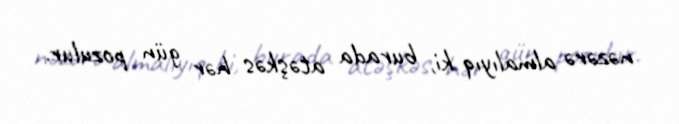
nəzərə almalıyıq ki, burada atəşkəs hər gün pozulur.